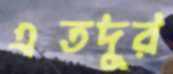
এতদূর